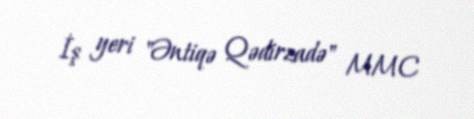
İş yeri "Əntiqə Qədirzadə" MMC